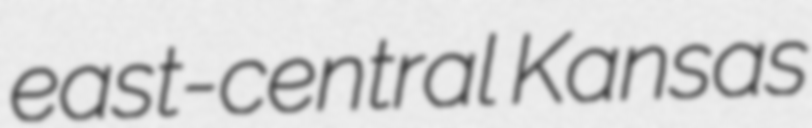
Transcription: east-central Kansas